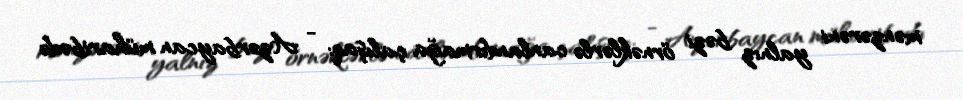
mənzərəni yalnız bəzi örnəklərlə canlandırmağa çalışaq: - Azərbaycan müharibədə